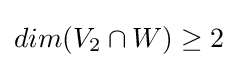
{\textstyle dim(V_{2}\cap W)\geq 2}